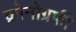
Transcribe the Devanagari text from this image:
क्रोनोग्रफी